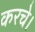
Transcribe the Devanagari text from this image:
करचे।